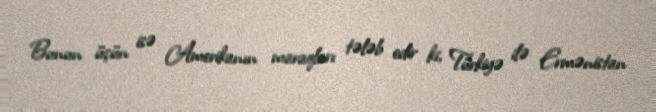
Bunun üçün isə Amerikanın maraqları tələb edir ki, Türkiyə ilə Ermənistan